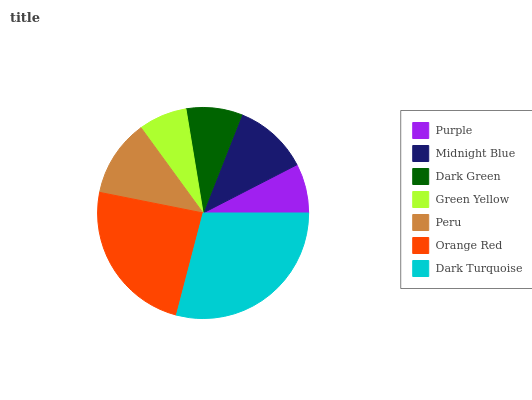
| Purple | Midnight Blue | Dark Green | Green Yellow | Peru | Orange Red | Dark Turquoise |
 | --- | --- | --- | --- | --- | --- | --- |
 | 7.56% | 11.5% | 8.58% | 7.41% | 11.9% | 24% | 29.1% |